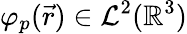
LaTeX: \varphi_{p}(\vec{r})\in\mathcal{L}^{2}(\mathbb{R}^{3})